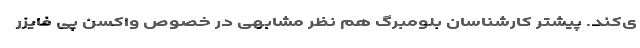
ی‌کند. پیشتر کارشناسان بلومبرگ هم نظر مشابهی در خصوص واکسن پی فایزر